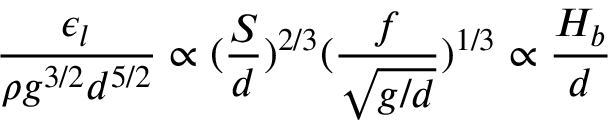
\frac { \epsilon _ { l } } { \rho g ^ { 3 / 2 } d ^ { 5 / 2 } } \propto ( \frac { S } { d } ) ^ { 2 / 3 } ( \frac { f } { \sqrt { g / d } } ) ^ { 1 / 3 } \propto \frac { { H _ { b } } } { d }